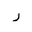
Letter: _ra